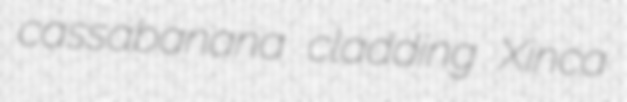
cassabanana cladding Xinca